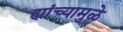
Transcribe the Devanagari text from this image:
ह्यांच्यामुळे